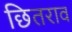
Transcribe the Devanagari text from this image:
छितराव